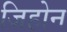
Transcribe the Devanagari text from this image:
जिहोन